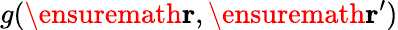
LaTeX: g(\ensuremath{\mathbf{r}},\ensuremath{\mathbf{r}}^{\prime})